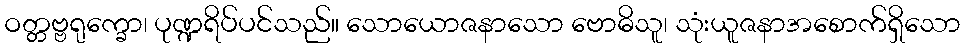
ဝတ္တဗ္ဗရုက္ခော၊ ပုဏ္ဍရိပ်ပင်သည်။ သောယောဇနာသော ဗောဓိသူ၊ သုံးယူဇနာအစောက်ရှိသော